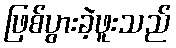
ဖြစ်ပွားခဲ့ဖူးသည်